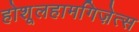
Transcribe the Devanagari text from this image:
होशूलहामगिज़ेत्स